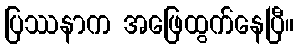
ပြဿနာက အဖြေထွက်နေပြီ။